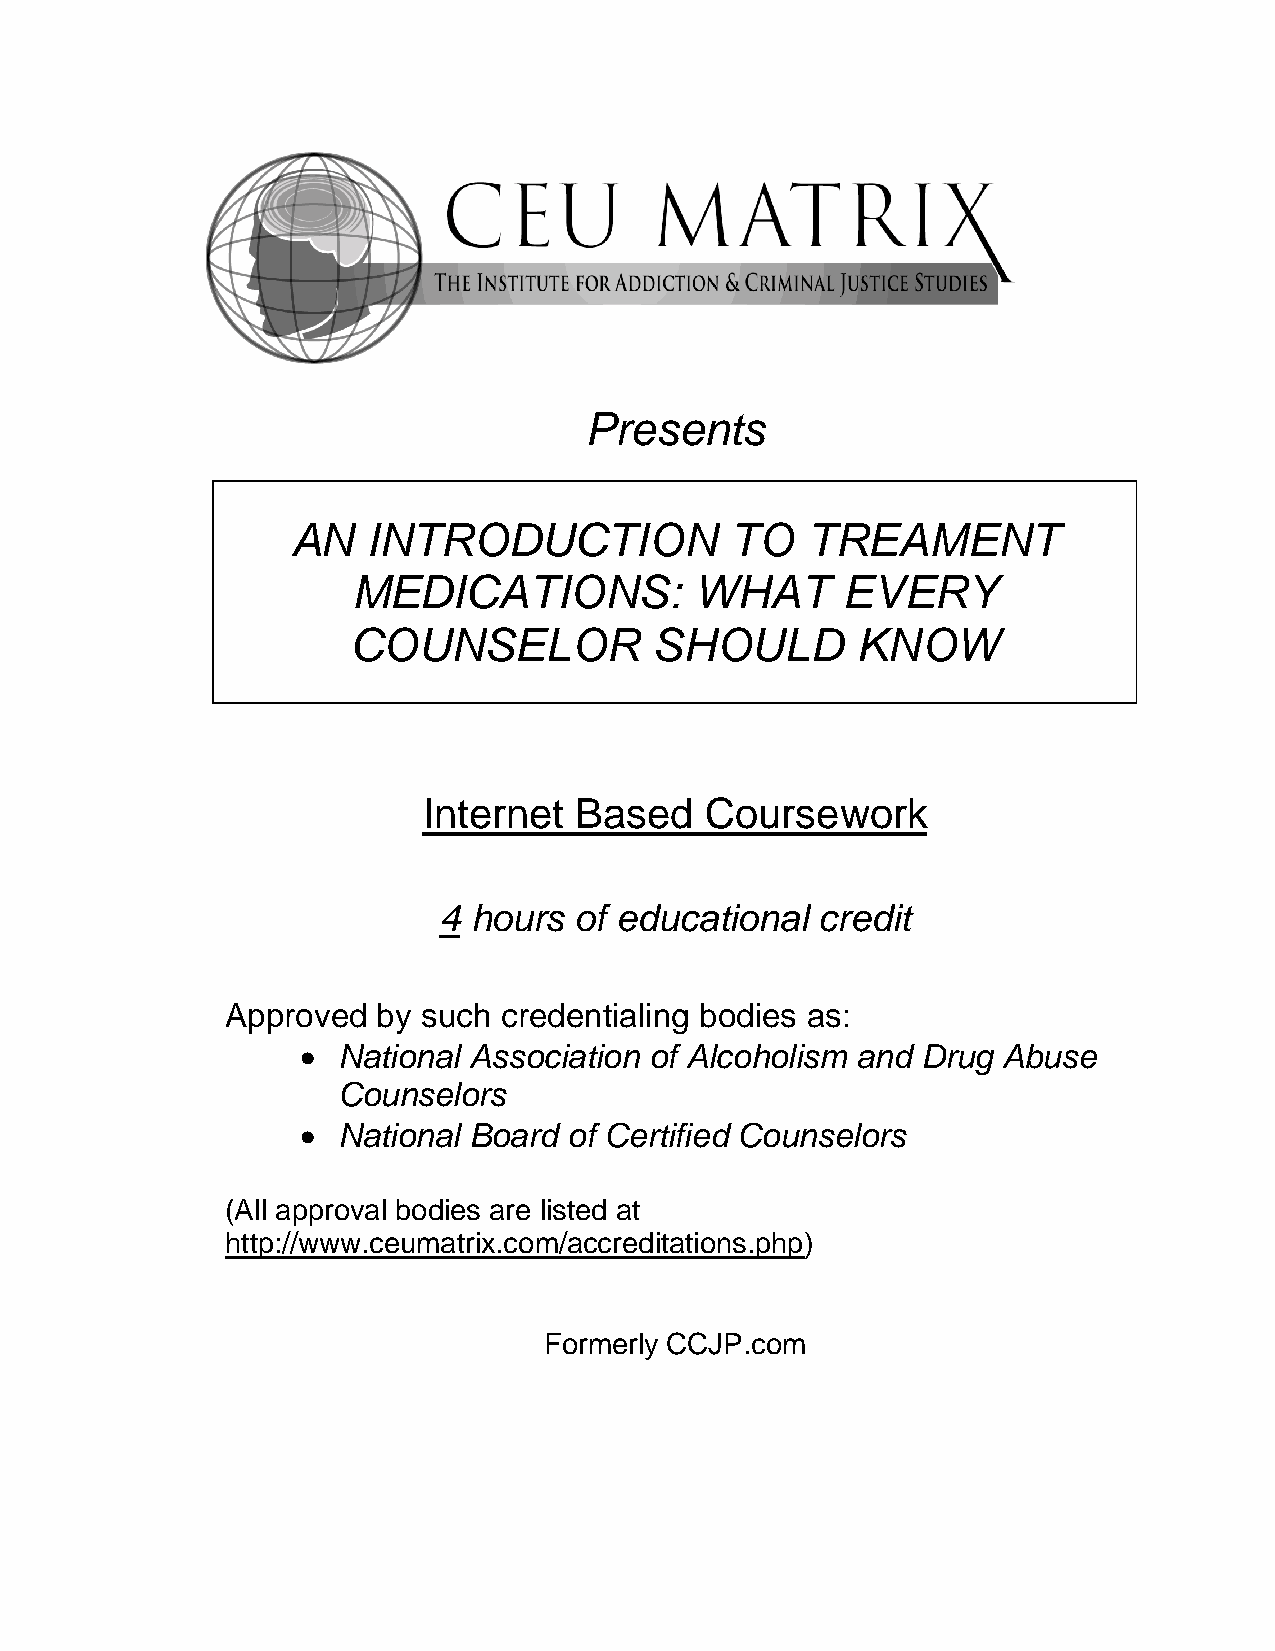
Presents
 AN   INTRODUCTION            TO   TREAMENT
 MEDICATIONS:           WHAT      EVERY
 COUNSELOR           SHOULD        KNOW
 Internet  Based    Coursework
 4 hours  of educational  credit
 Approved  by such credentialing bodies as:
  National Association of Alcoholism and Drug Abuse
 Counselors
  National Board  of Certified Counselors
 (All approval bodies are listed at
 http://www.ceumatrix.com/accreditations.php)
 Formerly CCJP.com